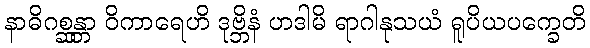
နာဓိဂစ္ဆန္တာ ဝိကာရေဟိ ဒုဗ္ဘိနံ ဟဒါမိ ရာဂါနုသယံ ရူပိယပက္ခေတိ